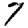
Digit: 7